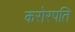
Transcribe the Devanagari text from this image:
करोरपति